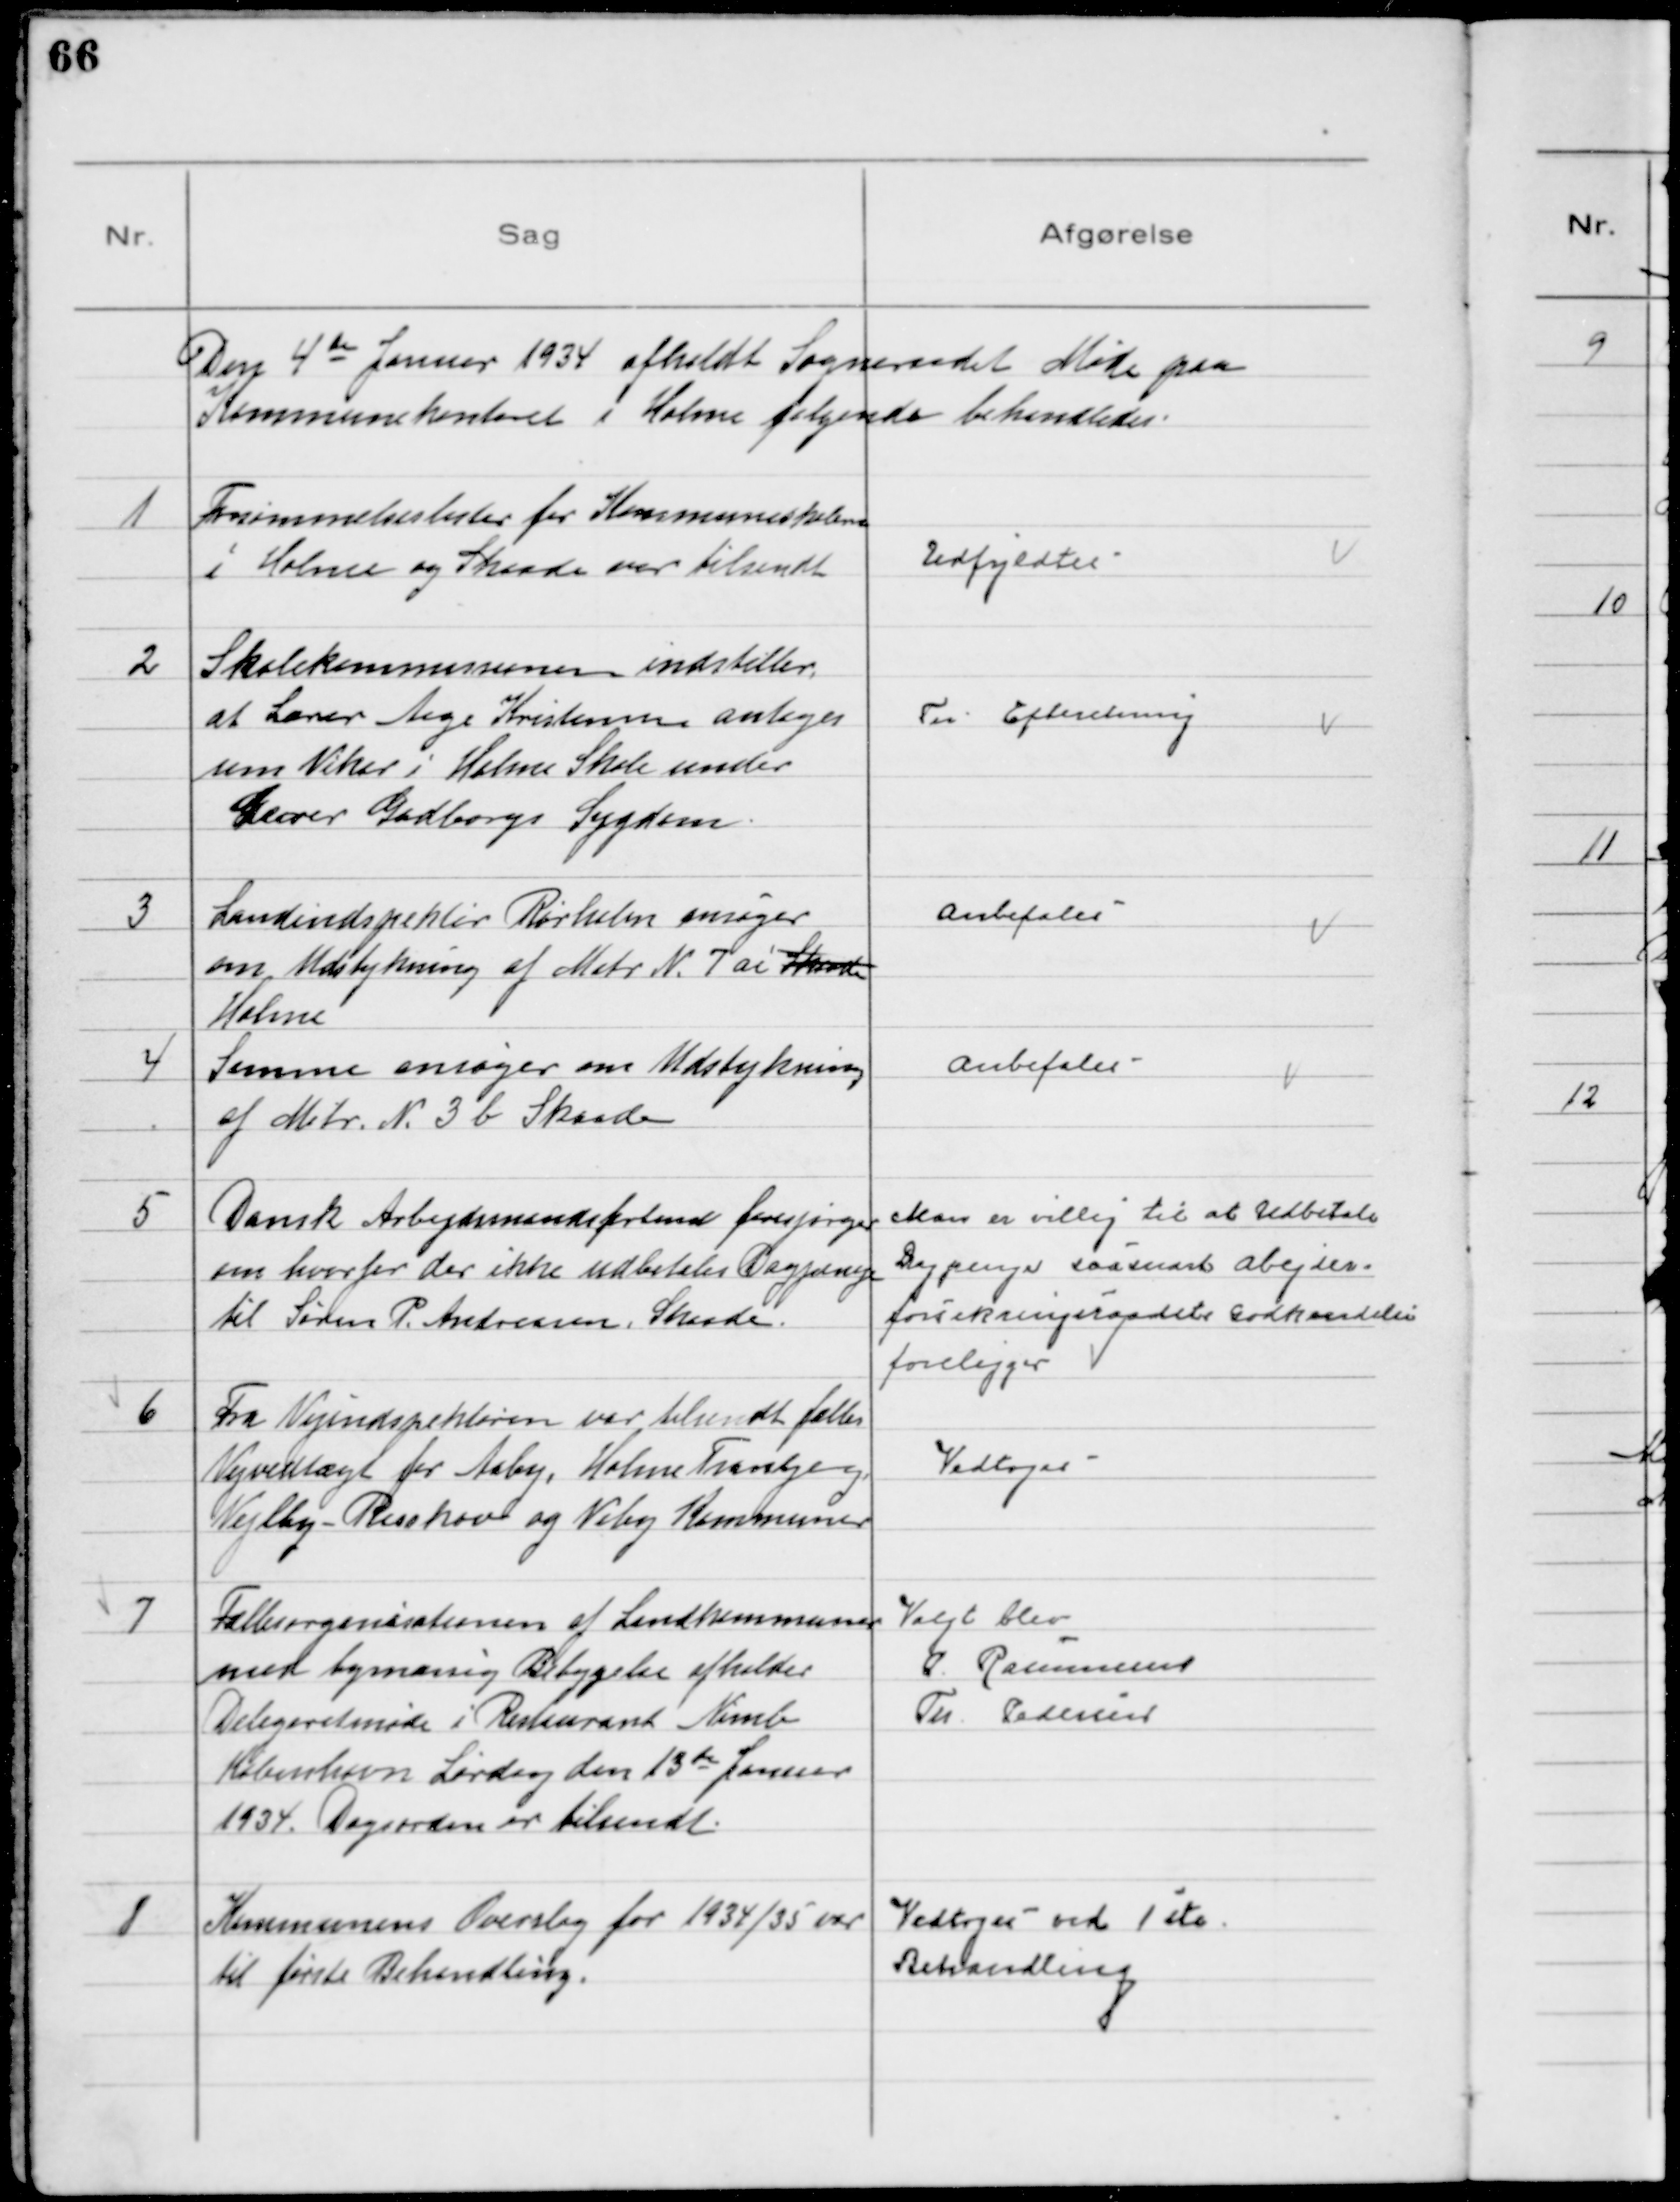
Transskription:
Den 4de Januar 1934 afholdt Sogneraadet Møde paa
Kommunekontoret i Holme følgende behandledes

1
Forsømmelseslister for Kommuneskolerne
i Holme og Skaade var tilsendt

Udfyldtes

2
Skolekommissionen indstiller
at Lærer Aage Kristensen antages
som Vikar i Holme Skole under
Lærer Gadborgs Sygdom

Til Efteretning

3
Landinspektør Rørholm ansøger
om Udstykning af Matr № 7 ai Skaade
Holme

Anbefales

4
Samme ansøger om Udstykning
 af Matr. № 3 b Skaade

Anbefales

5
Dansk Arbejdsmandsforbund forespørger
om hvorfor der ikke udbetales Dagpenge
til Søren P. Andreasen, Skaade.

Man er villig til at Udbetale
Dagpenge saasnart Arbejder-
forsikringsraadets Godkendelse
foreligger

6
Fra Vejinspektøren var tilsendt fælles
Vejvedtægt for Aaby, Holme Tranbjerg,
Vejlby - Risskov og Viby Kommuner

Vedtoges

7
Fællesorganisationen af Landkommuner
med bymæssig Bebygelse afholder
Delegeretmøde i Restaurant Nimb
København Lørdag den 13de Januar
1934. Dagsorden er tilsendt.

Valgt blev
P. Rasmussen
Th. Pedersen

8
Kommunens Overslag for 1934/35 var
til første Behandling.

Vedtoges ved 1 ste
Behandling